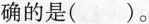
确的是( )。